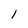
Character: 1